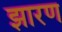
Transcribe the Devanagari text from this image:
झारण